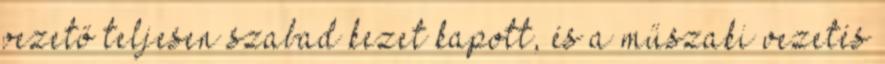
vezető teljesen szabad kezet kapott, és a műszaki vezetés